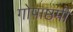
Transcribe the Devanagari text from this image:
गोपाष्ठमी